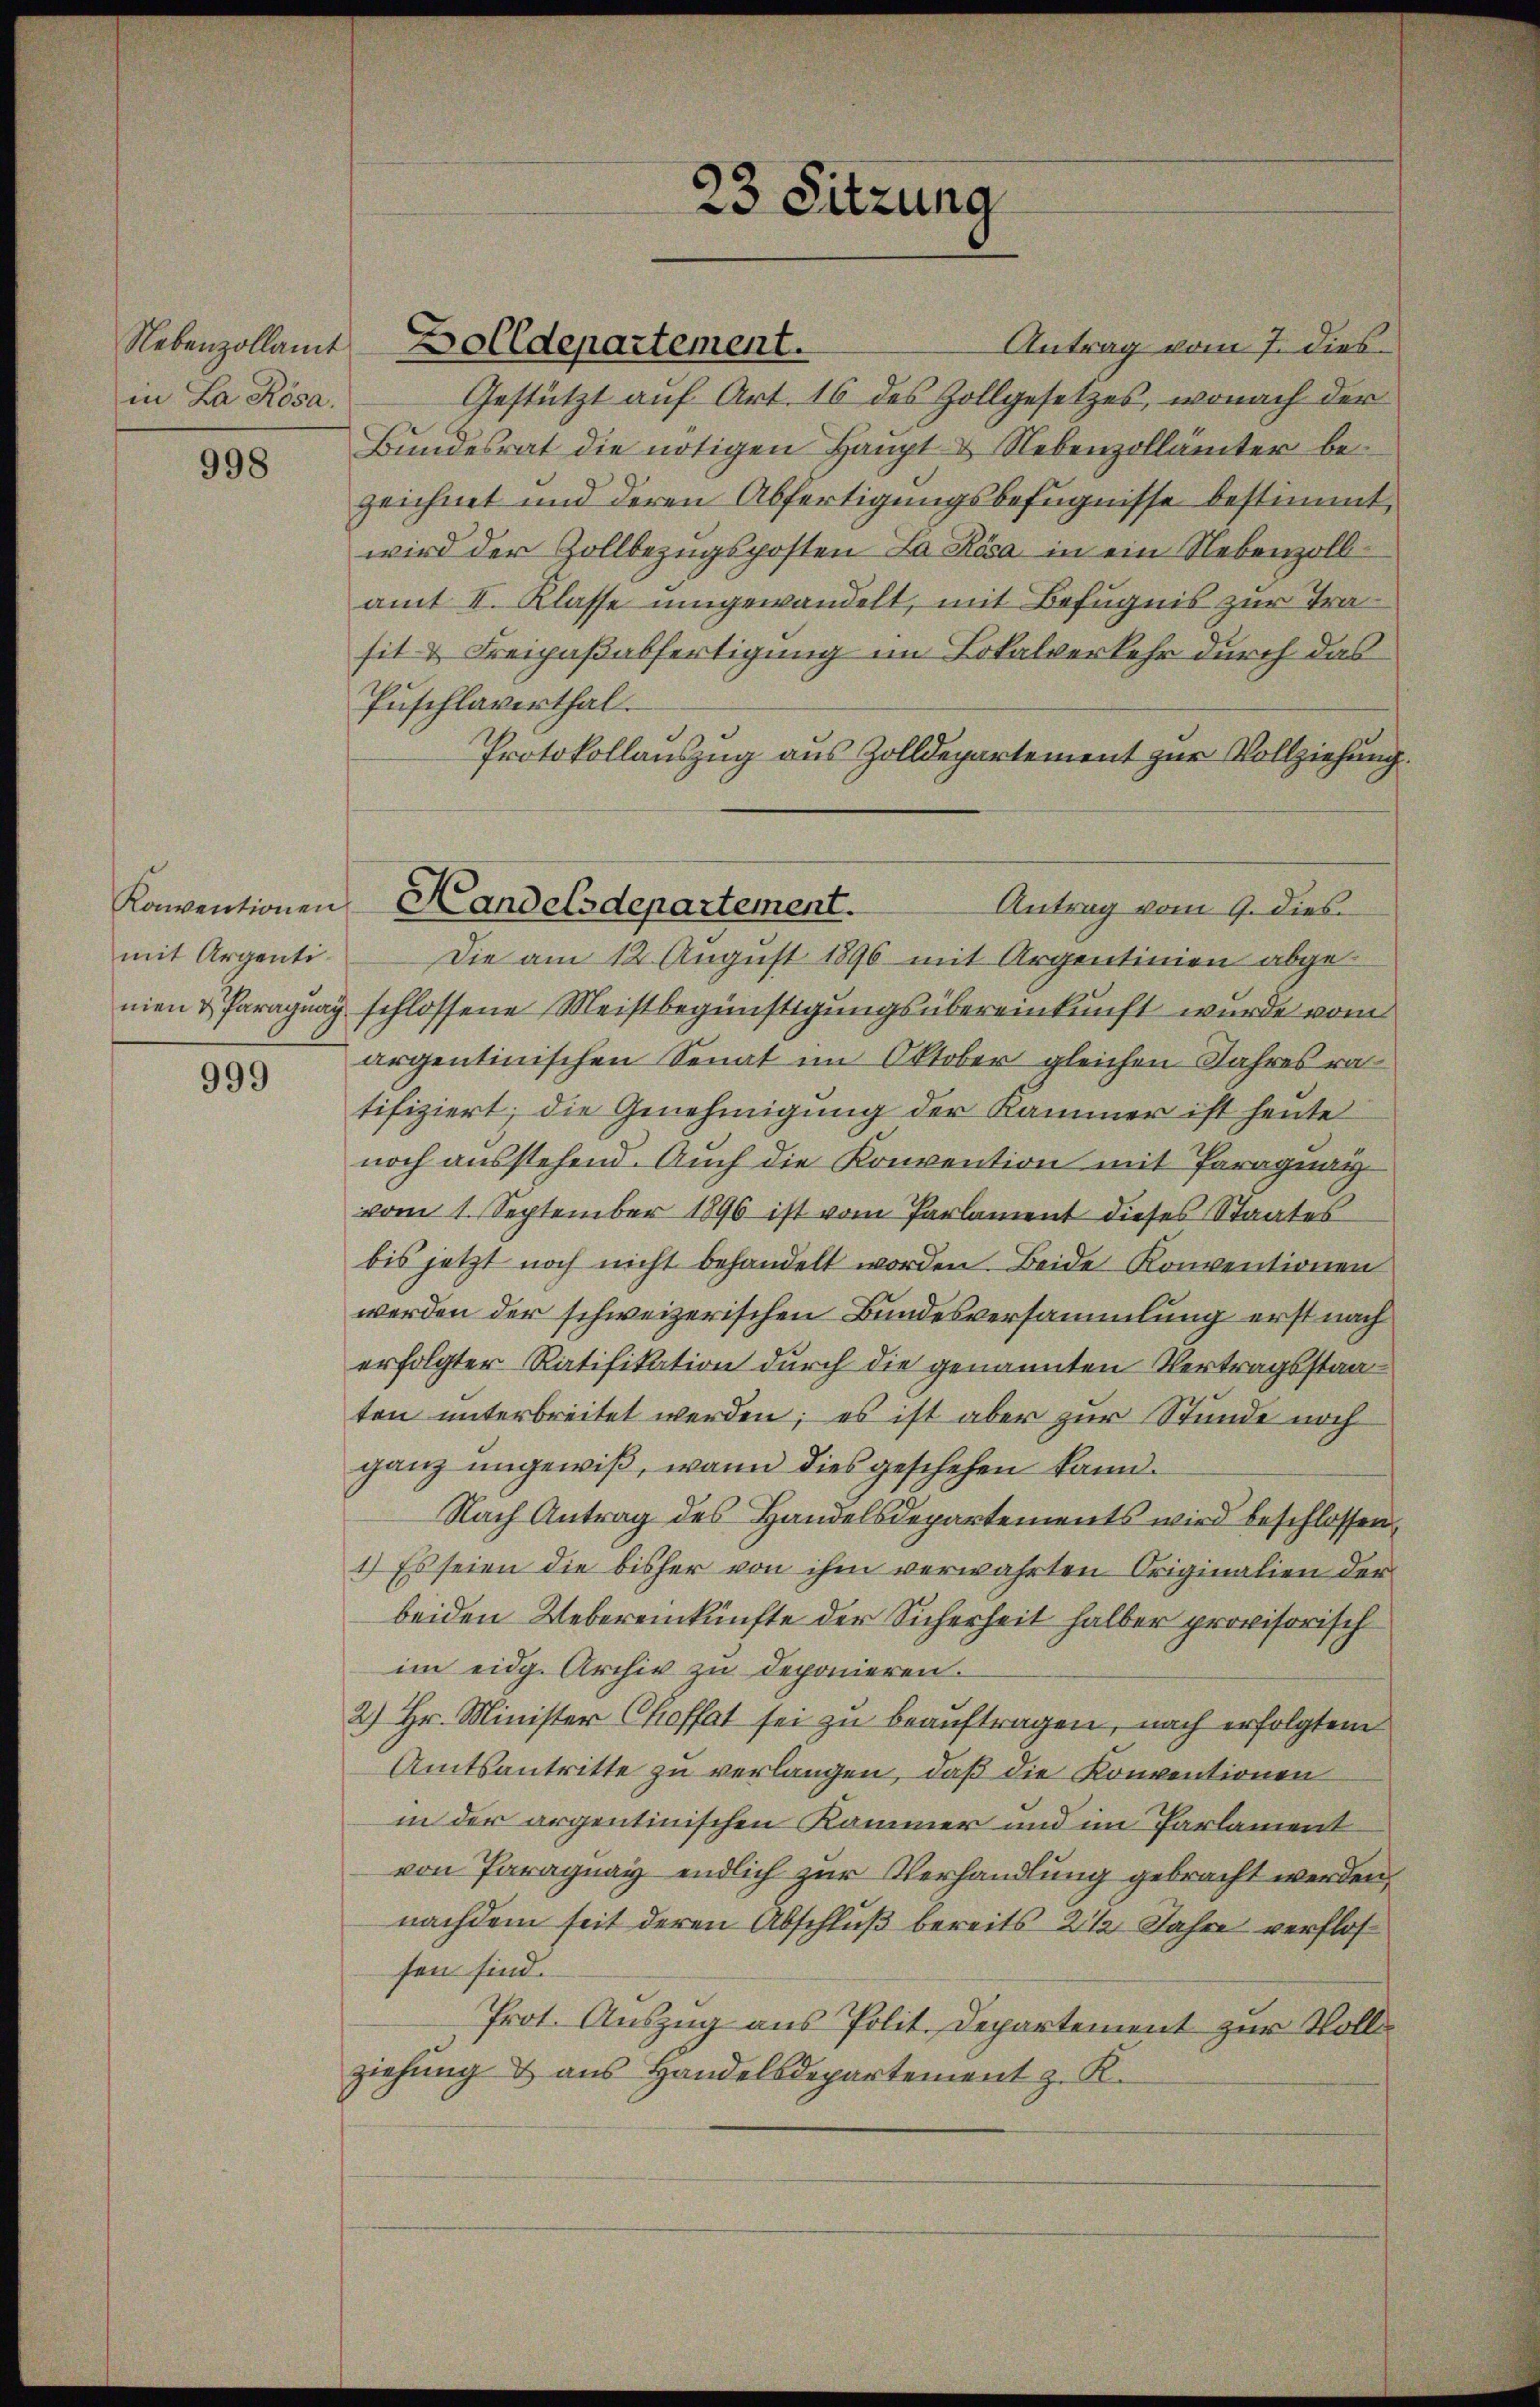
Nebenzollamt
in La Rosa.

998

mit Argentinien & Paraguay

999

Gestützt auf Art. 16 des Zollgesetzes, wonach der
Bundesrat die nötigen Haupt- & Nebenzollämter bezeichnet und deren Abfertigungsbefugnisse bestimmt,
wird der Zollbezugsposten La Rosa in ein Nebenzollamt II. Klasse umgewandelt, mit Befugnis zur Trasit & Freipaßabfertigung im Lokalverkehr durch das
Puschlaverthal.
Protokollauszug aus Zolldepartement zur Vollziehung.
Antrag vom 9. dies
Die am 12. August 1896 mit Argentinien abgeschlossene Meistbegünstigungsübereinkunft wurde vom
argentinischen Senat im Oktober gleichen Jahres ratifiziert; die Genehmigung der Kammer ist heute
noch ausstehend. Auch die Konvention mit Paragnay
vom 1. September 1896 ist vom Parlament dieses Staates
bis jetzt noch nicht behandelt worden. Beide Konventionen
werden der schweizerischen Bundesversammlung erst nach
erfolgter Ratifikation durch die genannten Vertragsstaaton unterbreitet werden; es ist aber zur Stunde noch
ganz ungewiß, wann dies geschehen kann.
Nach Antrag des Handelsdepartements wird beschlossen,
1.) Es seien die bisher von ihm verwahrten Originalien der
beiden Uebereinkünfte der Sicherheit halber provisorisch
im eidg. Archiv zu deponieren.
2.) Hr. Minister Choffat sei zu beauftragen, nach erfolgtem
Amtsantritte zu verlangen, daß die Konventionen
in der orgentinischen Kammer und im Parlament
von Paraguay endlich zur Verhandlung gebracht werden,
nachdem seit deren Abschluß bereits 2 1/2 Jahre verflossen sind.
Prot. Auszug aus Polit. Departement zur Vollziehung & aus Handelsdepartement z. K.

Dolldepartement.

23 Sitzung

Konventionen Handelsdepartement.

Antrag vom 7. dies¬